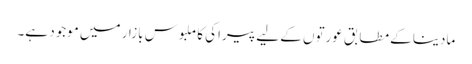
مادینا کے مطابق عورتوں کے لیے پیراکی کا ملبوس بازار میں موجود ہے۔